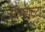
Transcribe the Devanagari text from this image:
सीम्बाल्टा